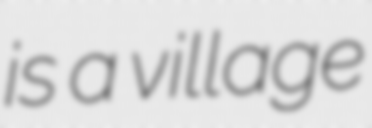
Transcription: is a village